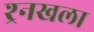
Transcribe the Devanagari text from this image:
श्र्र्नखला